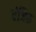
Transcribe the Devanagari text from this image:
वंजिरु